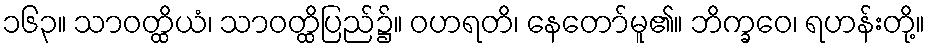
၁၆၃။ သာဝတ္ထိယံ၊ သာဝတ္ထိပြည်၌။ ဝဟရတိ၊ နေတော်မူ၏။ ဘိက္ခဝေ၊ ရဟန်းတို့။